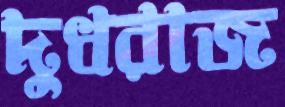
দুধরাজ